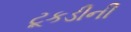
ટૂકડીની